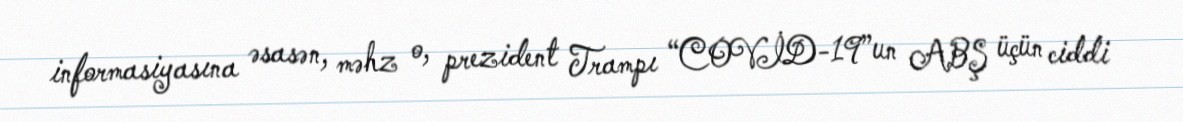
informasiyasına əsasən, məhz o, prezident Trampı “COVİD-19”un ABŞ üçün ciddi